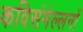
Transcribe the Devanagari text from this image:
कविसंमेल्लनों